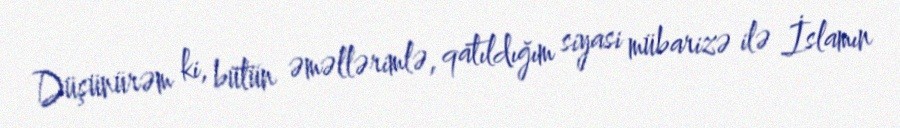
Düşünürəm ki, bütün əməllərimlə, qatıldığım siyasi mübarizə ilə İslamın